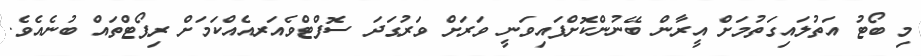
މި ބޯޓު އަތުލައިގަތުމަށް އީރާން ބޭނުންކޮށްފައިވަނީ ވަރަށް ވަރުގަދަ ސޮފްޓްވެއަރއެއްކަމަށް ރިޕޯޓްތައް ބުނެއެވެ.